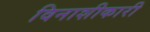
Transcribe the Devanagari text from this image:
विनाशीकारी